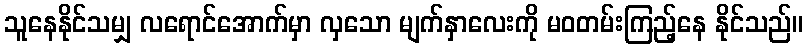
သူနေနိုင်သမျှ လရောင်အောက်မှာ လှသော မျက်နှာလေးကို မဝတမ်းကြည့်နေ နိုင်သည်။